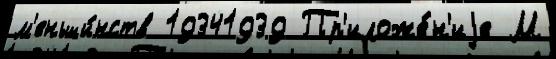
м'еньши́нств 19341939 Пр'иложе́н'иjе М